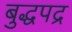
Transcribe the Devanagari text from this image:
बुद्धपद्र